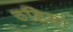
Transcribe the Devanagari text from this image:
ठडिया